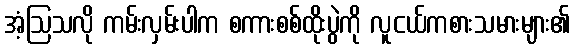
အံ့ဩသလို ကမ်းလှမ်းပါက စကားစစ်ထိုးပွဲကို လူငယ်ကစားသမားများ၏